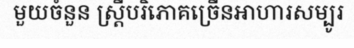
មួយចំនួន ស្ត្រីបរិភោគច្រើនអាហារសម្បូរ